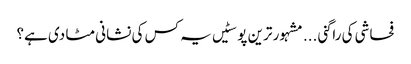
فحاشی کی راگنی ...	مشہور ترین پوسٹیں	یہ کس کی نشانی مٹا دی ہے؟